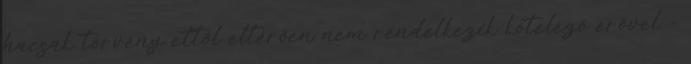
hacsak törvény ettől eltérően nem rendelkezik kötelező erővel -